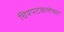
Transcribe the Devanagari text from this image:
चित्रपटकलेच्या